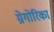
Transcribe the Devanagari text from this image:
ग्रेगोरिका